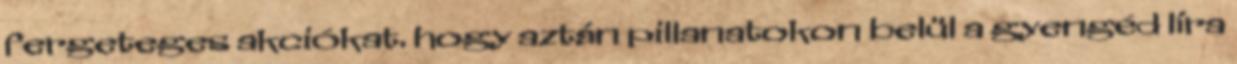
fergeteges akciókat. hogy aztán pillanatokon belül a gyengéd líra